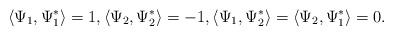
\begin{align*}\left\langle \Psi_1,\Psi_1^*\right\rangle=1,\left\langle \Psi_2, \Psi_2^*\right\rangle=-1,\left\langle\Psi_1,\Psi_2^*\right\rangle=\left\langle\Psi_2, \Psi_1^*\right\rangle=0.\end{align*}